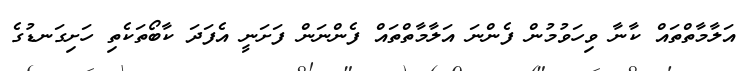
އަލާމާތްތައް ކާނާ ވިހަވުމުން ފެންނަ އަލާމާތްތައް ފެންނަން ފަށަނީ އެފަދަ ކާބޯތަކެތި ހަށިގަނޑުގެ